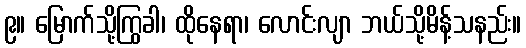
၉။ မြောက်သို့ကြွခါ၊ ထိုနေရာ၊ လောင်းလျာ ဘယ်သို့မိန့်သနည်း။